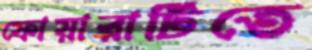
ফোয়ারাটিতে